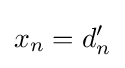
x_{n}=d'_{n}